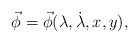
\begin{align*}\vec\phi=\vec\phi(\lambda, \dot\lambda, x, y),\end{align*}